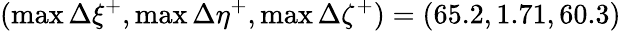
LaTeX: (\operatorname*{max}{\Delta\xi^{+}},\operatorname*{max}{\Delta\eta^{+}},\operatorname*{max}{\Delta\zeta^{+}})=(65.2,1.71,60.3)